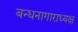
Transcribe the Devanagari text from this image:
बन्धनागाराध्यक्ष